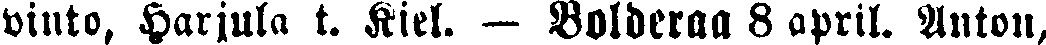
vinto, Harjula t. Kiel. — Bolderaa 8 april. Anton,